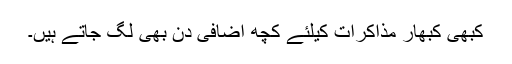
کبھی کبھار مذاکرات کیلئے کچھ اضافی دن بھی لگ جاتے ہیں۔